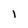
Character: l